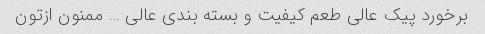
برخورد پیک عالی طعم کیفیت و بسته بندی عالی … ممنون ازتون